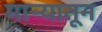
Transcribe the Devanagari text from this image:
मार्‍यातून